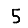
Digit: 5